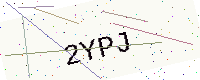
Text: 2YPJ